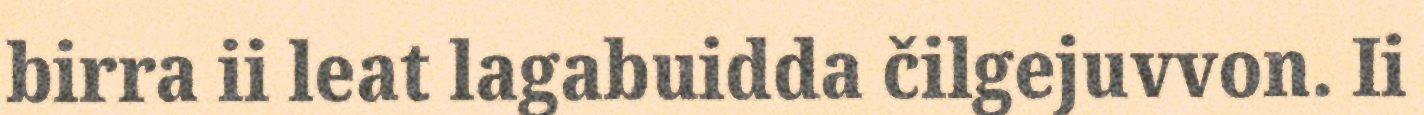
birra ii leat lagabuidda čilgejuvvon. Ii